Annual administration report of the Civil Veterinary Department of India - 1898-1899
Year: 1898
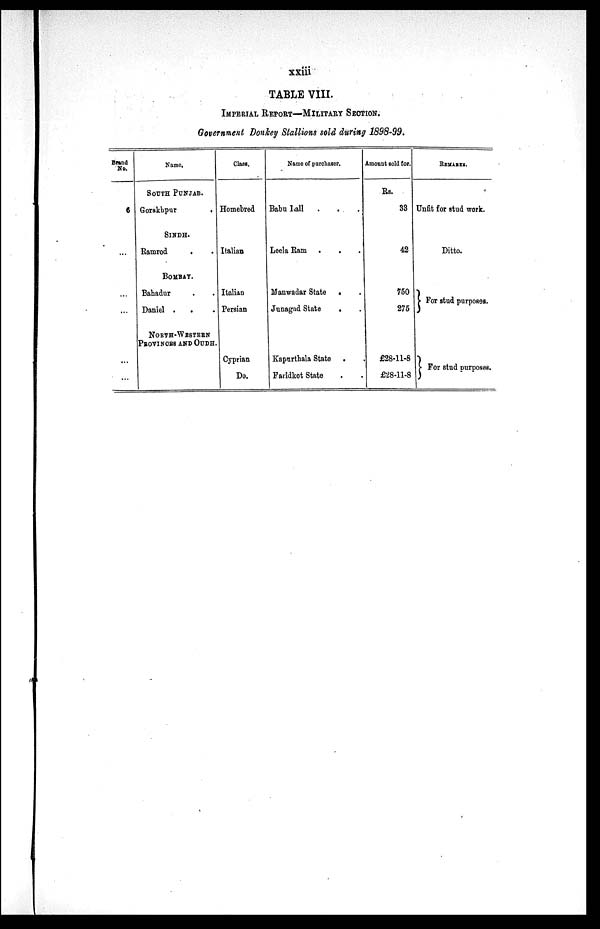
xxiii
TABLE VIII.
IMPERIAL REPORT—MILITARY SECTION.
Government Donkey Stallions sold during 1898-99.
Brand
No.
6
...
...
...
...
...
Name.
SOUTH PUNJAB.
Gorakhpur .
SINDH.
Ramrod
. .
BOMBAY.
Bahadur . .
Daniel .
. .
NORTH-WESTERN
PROVINORS AND OUDH.
Class.
Homebred
Italian
Italian
Persian
Cyprian
Do.
Name of purchaser.
Babu Lall . . .
Leela Ram . . .
Manwadar State . .
Junagad State
. .
Kapurthala State . .
Faridkot State . .
Amount sold for.
Rs.
33
42
750
275
£28-11-8
£28-11-8
REMARKS.
Unfit for stud work.
Ditto.
} For stud purposes.
} For stud purposes.